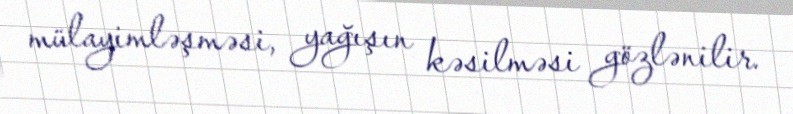
mülayimləşməsi, yağışın kəsilməsi gözlənilir.